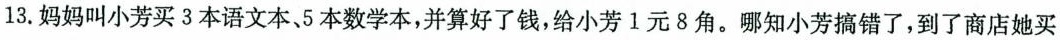
13.妈妈叫小芳买3本语文本、5本数学本，并算好了钱，给小芳1元8角。哪知小芳搞错了，到了商店她买